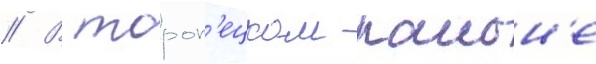
// В тороп'ецком раион'е